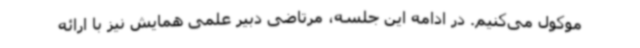
موکول می‌کنیم. در ادامه این جلسه، مرتاضی دبیر علمی همایش نیز با ارائه